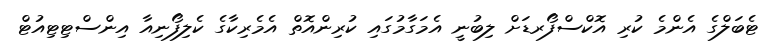
ޓެބަލްގެ އެންމެ ކުރި އޮކްސްފޯރޑަށް ލިބުނީ އެމަގާމުގައި ކުރިންއޮތް އެމެރިކާގެ ކެލިފޯނިއާ އިންސްޓިޓިއުޓް